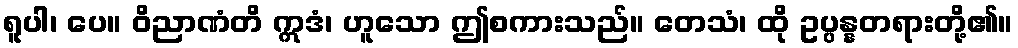
ရူပါ၊ ပေ။ ဝိညာဏံတိ ဣဒံ၊ ဟူသော ဤစကားသည်။ တေသံ၊ ထို ဥပ္ပန္နတရားတို့၏။